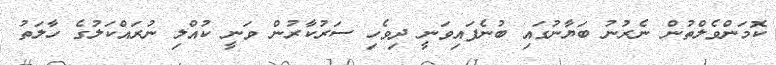
ކޮމަންވެލްތުން ނެރުނު ބަޔާނުގައި ބުނެފައިވަނީ ދިވެހި ސަރުކާރުން ވަނީ ކުއްލި ނުރައްކަލުގެ ހާލަތު